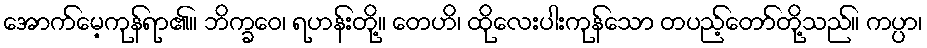
အောက်မေ့ကုန်ရာ၏။ ဘိက္ခဝေ၊ ရဟန်းတို့။ တေဟိ၊ ထိုလေးပါးကုန်သော တပည့်တော်တို့သည်။ ကပ္ပာ၊